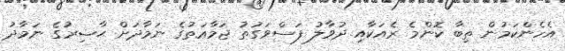
އެހެންކަމުން ތިބާ ކޮންމެ ރެއަކާއި ދުވާލު ފަސްވަގުތު ޖަމާޢަތުގެ ނަމާދަށް ޙާޟިރުގެ ނަމާދު